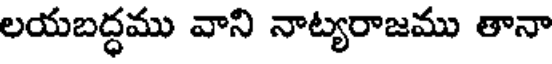
లయబద్ధము వాని నాట్యరాజము తానా